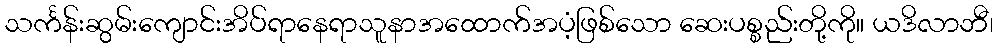
သင်္ကန်းဆွမ်းကျောင်းအိပ်ရာနေရာသူနာအထောက်အပံ့ဖြစ်သော ဆေးပစ္စည်းတို့ကို။ ယဒိလာဘီ၊